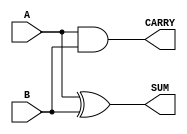
module HalfAdder #(parameter WIDTH = 1) (
    input  [WIDTH-1:0] A,
    input  [WIDTH-1:0] B,
    output [WIDTH-1:0] SUM,
    output [WIDTH-1:0] CARRY
);

    // Logic for SUM and CARRY
    assign SUM = A ^ B;    // SUM is A XOR B
    assign CARRY = A & B;  // CARRY is A AND B

endmodule